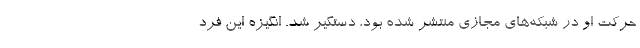
حرکت او در شبکه‌های مجازی منتشر شده بود، دستگیر شد. انگیزه این فرد